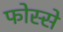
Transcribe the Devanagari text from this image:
फोस्से